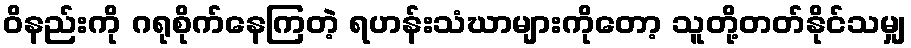
ဝိနည်းကို ဂရုစိုက်နေကြတဲ့ ရဟန်းသံဃာများကိုတော့ သူတို့တတ်နိုင်သမျှ